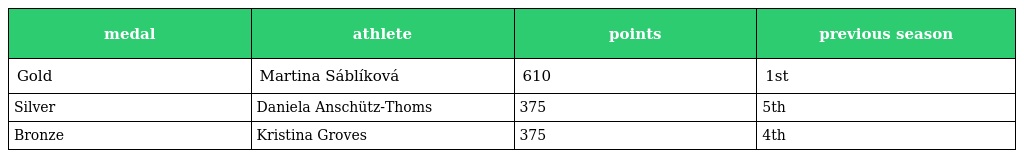
| medal | athlete | points | previous season |
 | --- | --- | --- | --- |
 | Gold | Martina Sáblíková | 610 | 1st |
 | Silver | Daniela Anschütz-Thoms | 375 | 5th |
 | Bronze | Kristina Groves | 375 | 4th |